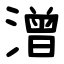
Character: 潧